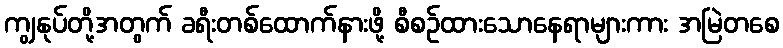
ကျွနုပ်တို့အတွက် ခရီးတစ်ထောက်နားဖို့ စီစဉ်ထားသောနေရာများကား အမြဲတစေ